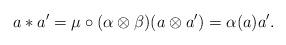
LaTeX: \begin{gather*}a\ast a^{\prime }=\mu \circ ( \alpha \otimes \beta ) (a\otimes a^{\prime } ) =\alpha (a) a^{\prime }.\end{gather*}